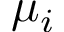
\mu _ { i }